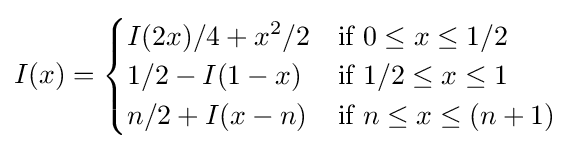
I(x)={\begin{cases}I(2x)/4+x^{2}/2&{\text{if }}0\leq x\leq 1/2\\1/2-I(1-x)&{\text{if }}1/2\leq x\leq 1\\n/2+I(x-n)&{\text{if }}n\leq x\leq (n+1)\\\end{cases}}